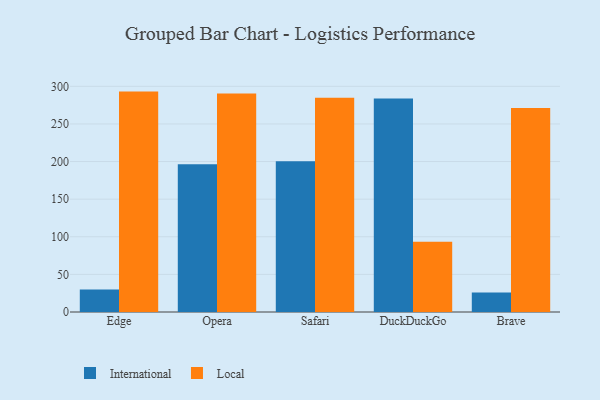
{"axis": {"x": "Browser", "y": "Website Visitors"}, "legend": ["International", "Local"], "data": [{"x": "Edge", "y": 30.0, "type": "International"}, {"x": "Edge", "y": 293.0, "type": "Local"}, {"x": "Opera", "y": 196.5, "type": "International"}, {"x": "Opera", "y": 290.5, "type": "Local"}, {"x": "Safari", "y": 200.4, "type": "International"}, {"x": "Safari", "y": 284.8, "type": "Local"}, {"x": "DuckDuckGo", "y": 283.8, "type": "International"}, {"x": "DuckDuckGo", "y": 93.5, "type": "Local"}, {"x": "Brave", "y": 25.8, "type": "International"}, {"x": "Brave", "y": 271.2, "type": "Local"}]}